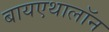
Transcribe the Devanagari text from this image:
बायएथालॉन